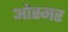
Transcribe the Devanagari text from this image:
ओस्मर